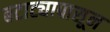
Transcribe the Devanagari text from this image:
बटाट्यापासून